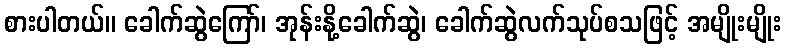
စားပါတယ်။ ခေါက်ဆွဲကြော်၊ အုန်းနို့ခေါက်ဆွဲ၊ ခေါက်ဆွဲလက်သုပ်စသဖြင့် အမျိုးမျိုး